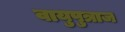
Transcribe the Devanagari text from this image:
वायुपुत्राज